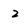
Character: 2